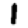
Digit: 1